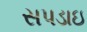
સપડાઇ